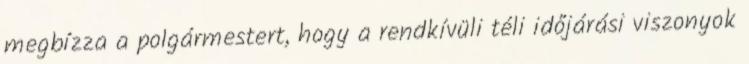
megbízza a polgármestert, hogy a rendkívüli téli időjárási viszonyok